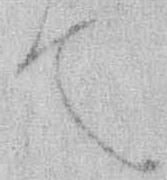
て